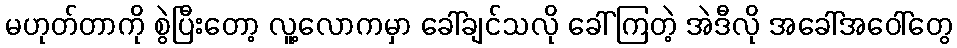
မဟုတ်တာကို စွဲပြီးတော့ လူ့လောကမှာ ခေါ်ချင်သလို ခေါ်ကြတဲ့ အဲဒီလို အခေါ်အဝေါ်တွေ